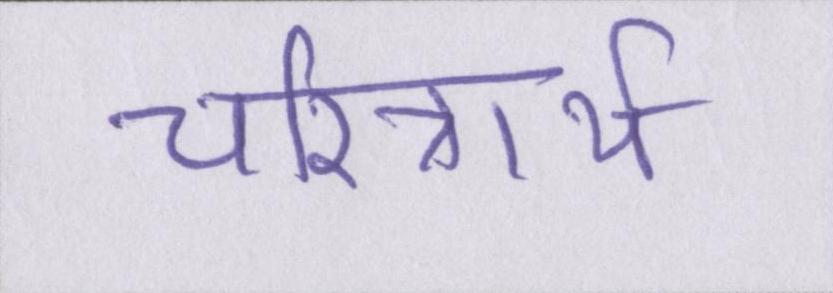
चरित्रार्थ